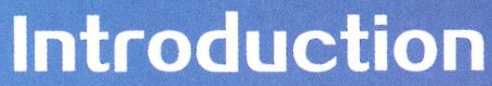
Introduction